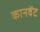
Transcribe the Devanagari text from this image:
कानवेंट